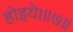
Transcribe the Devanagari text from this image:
होइये।॥७॥